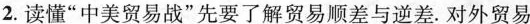
2.读懂”中美贸易战”先要了解贸易顺差与逆差。对外贸易